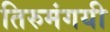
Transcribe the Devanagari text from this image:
तिरुमंगयी